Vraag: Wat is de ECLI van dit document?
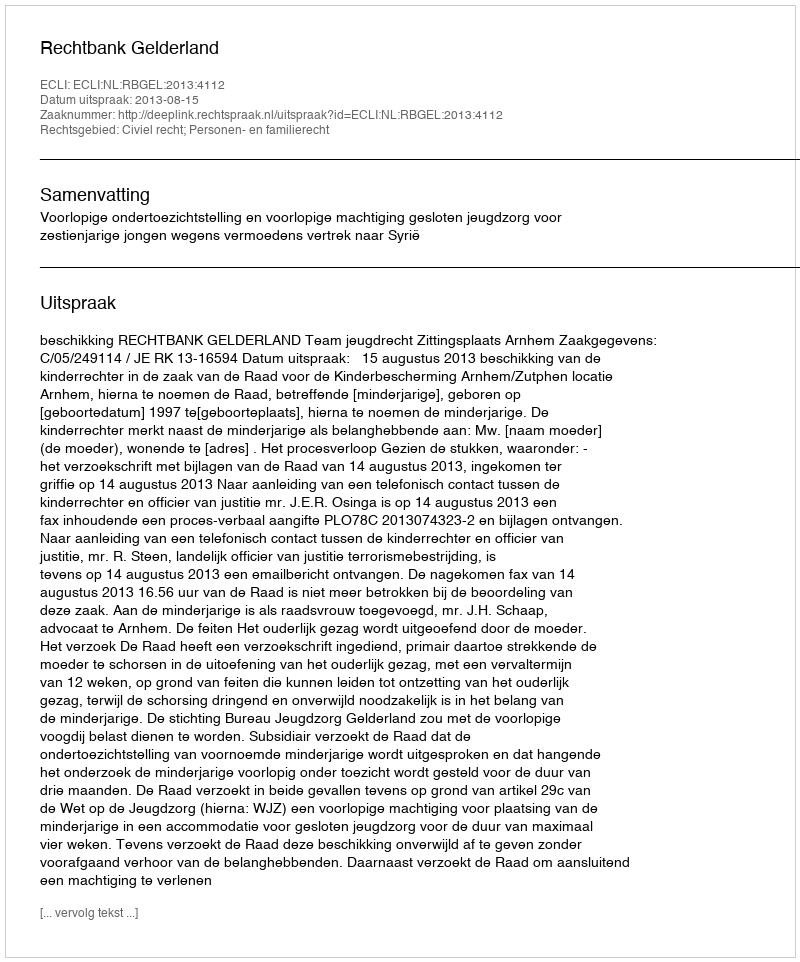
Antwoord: ECLI:NL:RBGEL:2013:4112